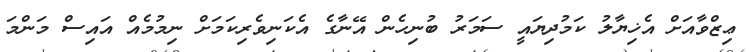
ޢިޒްވާއަށް އެޚިޔާލު ކަމުދިޔައީ ސަމަރު ބުނިހެން އޭނާގެ އެކަނިވެރިކަމަށް ނިމުމެއް އައިސް މަންމަ